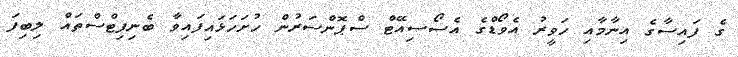
ގެ ފައިސާގެ އިނާމާއި ހަވީރު އެވޯޑްގެ އެސޯސިއޭޓް ސްޕޮންސަރުން ހުށަހަޅައިފައިވާ ބެނިފިޓްސްތައް ލިބިފަ